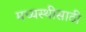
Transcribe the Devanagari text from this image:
मध्यस्थीसाठी